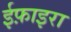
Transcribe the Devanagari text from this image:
ईफ़ाइरा